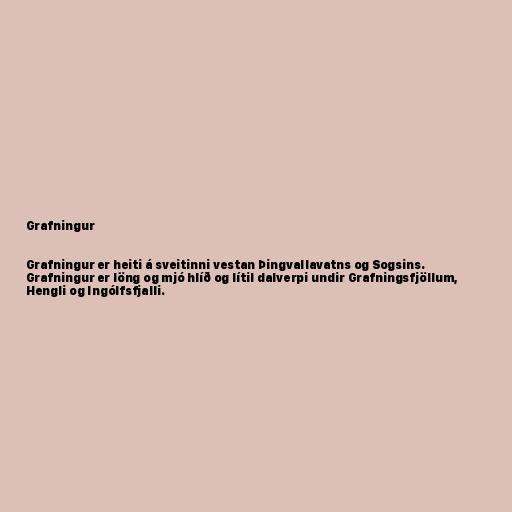
Grafningur

Grafningur er heiti á sveitinni vestan Þingvallavatns og Sogsins.
Grafningur er löng og mjó hlíð og lítil dalverpi undir Grafningsfjöllum,
Hengli og Ingólfsfjalli.